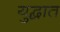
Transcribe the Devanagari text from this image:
युद्घात